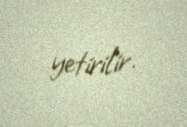
yetirilir.